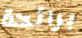
برائحة